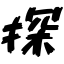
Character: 探